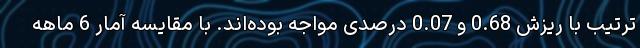
ترتیب با ریزش 0.68 و 0.07 درصدی مواجه بوده‌اند. با مقایسه آمار 6 ماهه